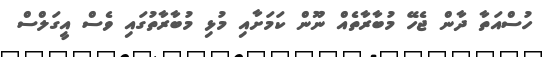
ހުސްއަތާ ދާން ޖެހޭ މުބާރާތެއް ނޫން ކަމަށާއި މުޅި މުބާރާތުގައި ވެސް އީގަލްސް